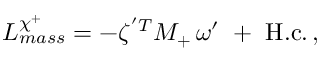
{ \cal L } _ { m a s s } ^ { \chi ^ { + } } = - \zeta ^ { ' T } { \cal M } _ { + } \, \omega ^ { \prime } \ + \ \mathrm { H . c . } \, ,